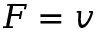
F = v